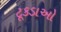
ટૂકડાઓ